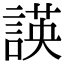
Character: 𮘡